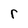
Character: r